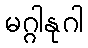
မဂ္ဂါနုဂါ